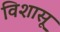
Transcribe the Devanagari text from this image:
विशासू